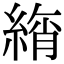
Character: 𦂚